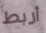
أربط